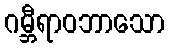
ဂမ္ဘီရာဝဘာသော